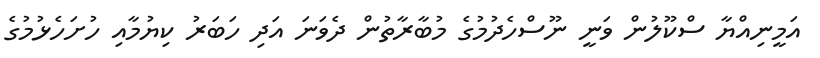
އަމީނިއްޔާ ސްކޫލުން ވަނީ ނޫސްހެދުމުގެ މުބާރާތުން ދެވަނަ އަދި ހަބަރު ކިޔުމާއި ހުށަހެޅުމުގެ